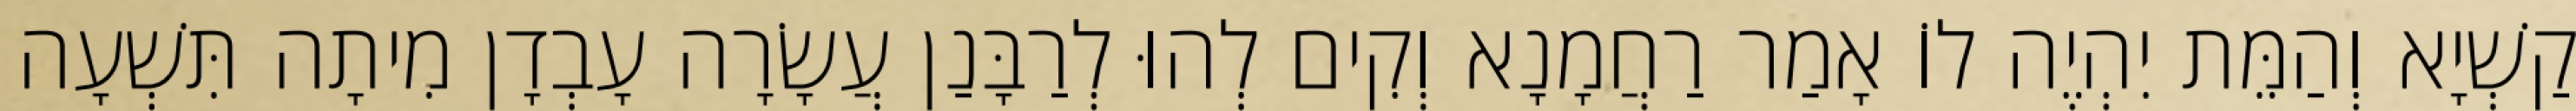
קַשְׁיָא וְהַמֵּת יִהְיֶה לוֹ אָמַר רַחֲמָנָא וְקִים לְהוּ לְרַבָּנַן עֲשָׂרָה עָבְדָן מִיתָה תִּשְׁעָה